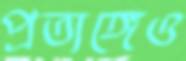
প্রত্যঙ্গেও